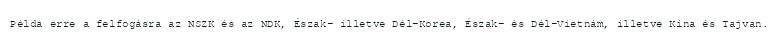
Példa erre a felfogásra az NSZK és az NDK, Észak- illetve Dél-Korea, Észak- és Dél-Vietnám, illetve Kína és Tajvan.